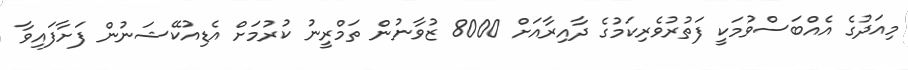
މިއަދުގެ އެއްބަސްވުމަކީ ފަތުރުވެރިކަމުގެ ދާއިރާއަށް 8000 ޒުވާނުން ތަމްރީނު ކުރުމަށް އެޑިއުކޭޝަނުން ފަށާފައިވާ